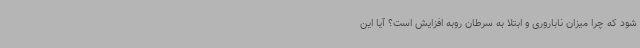
شود که چرا میزان ناباروری و ابتلا به سرطان روبه افزایش است؟ آیا این